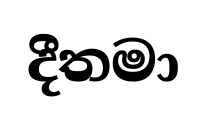
දීතමා